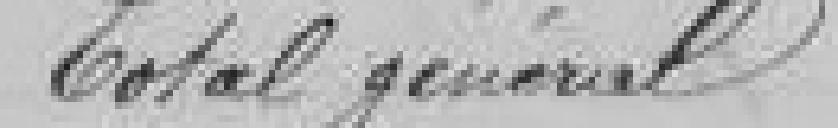
Total général